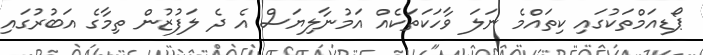
ޕޯޑިއަމްތަކުގައި ކިތައްމެ ނަލަ ވާހަކަތަކެއް އަމުނާލިޔަސް އެ ދެ ލަފުޒުން ތިމާގެ އަބުރުގައި